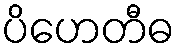
ပိဟေတီဓ